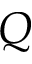
Q